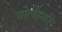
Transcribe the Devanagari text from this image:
वोलेंस्की